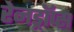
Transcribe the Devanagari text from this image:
रेनड्रॉप्स